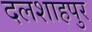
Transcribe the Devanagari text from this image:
दलशाहपुर